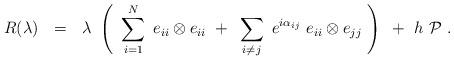
LaTeX: \begin{align*}R(\lambda)~~=~~\lambda ~\left ( ~ \sum_{i=1}^N ~e_{ii}\otimes e_{ii}~+~\sum _{i\neq j}~ e^{i\alpha_{ij}}~ e_{ii}\otimes e_{jj}~\right ) ~ +~ h~{\cal P}~. \end{align*}